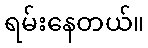
ရမ်းနေတယ်။